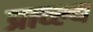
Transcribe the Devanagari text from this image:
प्राव्ल्य